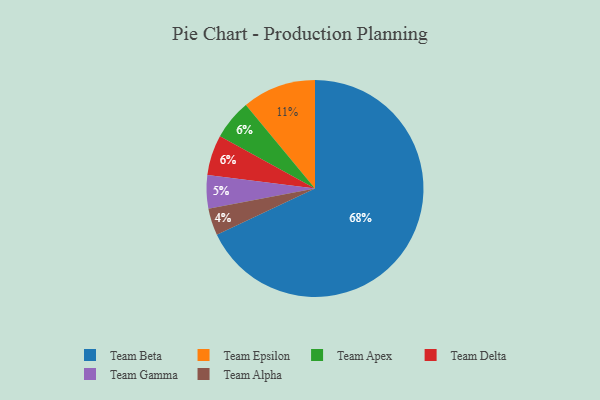
{"axis": {"x": "Category", "y": "Percentage"}, "legend": ["Team Alpha", "Team Apex", "Team Beta", "Team Delta", "Team Epsilon", "Team Gamma"], "data": [{"x": "Team Apex", "y": 6, "type": "Team Apex"}, {"x": "Team Beta", "y": 68, "type": "Team Beta"}, {"x": "Team Alpha", "y": 4, "type": "Team Alpha"}, {"x": "Team Epsilon", "y": 11, "type": "Team Epsilon"}, {"x": "Team Delta", "y": 6, "type": "Team Delta"}, {"x": "Team Gamma", "y": 5, "type": "Team Gamma"}]}